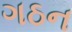
ગઠન